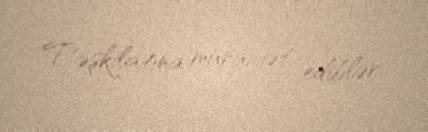
Təşkilatına müraciət ediblər.